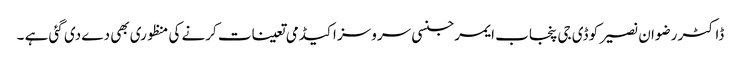
ڈاکٹر رضوان نصیر کو ڈی جی پنجاب ایمرجنسی سروسز اکیڈمی تعینات کرنے کی منظوری بھی دے دی گئی ہے ۔